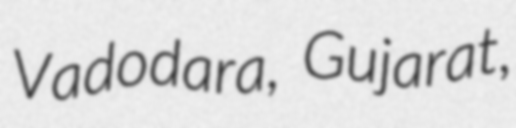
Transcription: Vadodara, Gujarat,